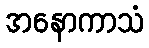
အနောကာသံ